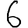
Digit: 6